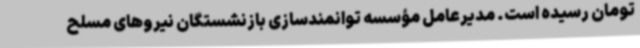
تومان رسیده است. مدیرعامل مؤسسه توانمندسازی بازنشستگان نیروهای مسلح